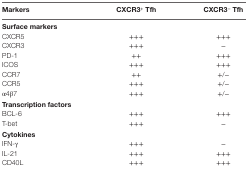
<table><thead><tr><td><b>Markers</b></td><td><b>CXCR3<sup>+</sup> Tfh</b></td><td><b>CXCR3<sup>−</sup> Tfh</b></td></tr></thead><tbody><tr><td colspan="3"><b>Surface markers</b></td></tr><tr><td>CXCR5</td><td>+++</td><td>+++</td></tr><tr><td>CXCR3</td><td>+++</td><td>−</td></tr><tr><td>PD-1</td><td>++</td><td>+++</td></tr><tr><td>ICOS</td><td>+++</td><td>+++</td></tr><tr><td>CCR7</td><td>++</td><td>+/−</td></tr><tr><td>CCR5</td><td>+++</td><td>+/−</td></tr><tr><td>α4β7</td><td>+++</td><td>+/−</td></tr><tr><td colspan="3"><b>Transcription factors</b></td></tr><tr><td>BCL-6</td><td>+++</td><td>+++</td></tr><tr><td>T-bet</td><td>+++</td><td>−</td></tr><tr><td colspan="3"><b>Cytokines</b></td></tr><tr><td>IFN-γ</td><td>+++</td><td>−</td></tr><tr><td>IL-21</td><td>+++</td><td>+++</td></tr><tr><td>CD40L</td><td>+++</td><td>+++</td></tr></tbody></table>